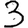
Digit: 3